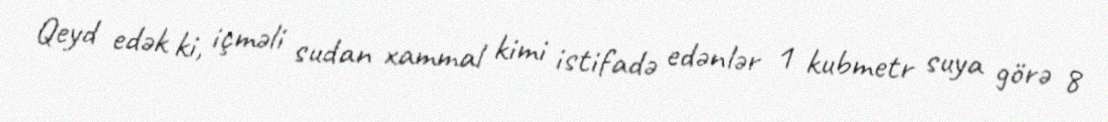
Qeyd edək ki, içməli sudan xammal kimi istifadə edənlər 1 kubmetr suya görə 8